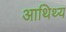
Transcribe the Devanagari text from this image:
आथिथ्य